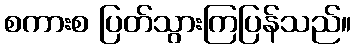
စကားစ ပြတ်သွားကြပြန်သည်။